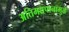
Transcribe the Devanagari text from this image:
अतिमद्यपानामुळे